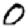
Digit: 0